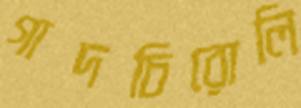
গাদচিরোলি